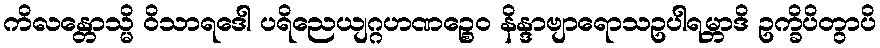
ကိလန္တောသ္မိ ဝိသာရဒေါ ပရိညေယျဂ္ဂဟဏဉ္စေဝ နိန္ဒာဗျာရောသဥပါရမ္ဘာဒိ ဥက္ခိပိတွာပိ